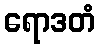
ရောဒတံ